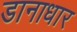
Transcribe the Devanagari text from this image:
डानाधार